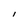
Character: I